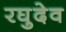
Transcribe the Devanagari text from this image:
रघुदेव